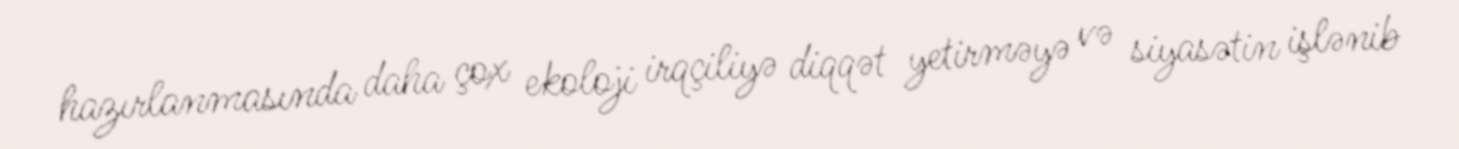
hazırlanmasında daha çox ekoloji irqçiliyə diqqət yetirməyə və siyasətin işlənib